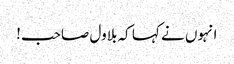
انہوں نے کہا کہ بلاول صاحب!